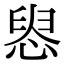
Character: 惥